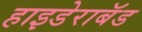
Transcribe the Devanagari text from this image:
हाइडेराबॅड